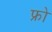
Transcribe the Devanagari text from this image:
फ्रो